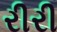
રીરી